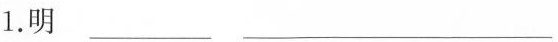
1.明___ ___